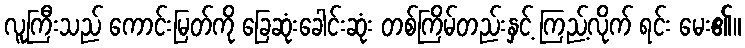
လူကြီးသည် ကောင်းမြတ်ကို ခြေဆုံးခေါင်းဆုံး တစ်ကြိမ်တည်းနှင့် ကြည့်လိုက် ရင်း မေး၏။